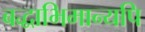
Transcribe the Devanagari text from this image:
बद्धाभिमान्यपि